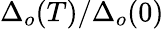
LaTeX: \Delta_{o}(T)/\Delta_{o}(0)